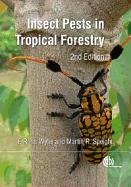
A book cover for Insect Pests in Tropical Forestry; F. Ross Wylie; Science & Math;